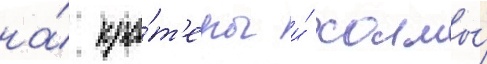
на́ кра́т'еры и́ холмы́